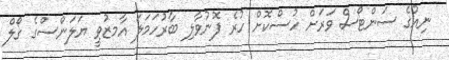
ނިއުގެ ސަންޓޯސް ވަރަށް ހުސްކޮށް ހުރެ ފޮނުވާލި ބާރުހަމަލަ އާމޒުވީ ޔަލަންސްގެ ގޯލް